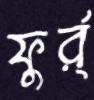
ফুর্র্